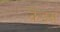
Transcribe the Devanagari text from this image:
केइस